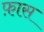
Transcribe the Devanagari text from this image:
फ़ास